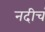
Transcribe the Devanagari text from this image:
नदीचं